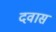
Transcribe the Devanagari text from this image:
दवास